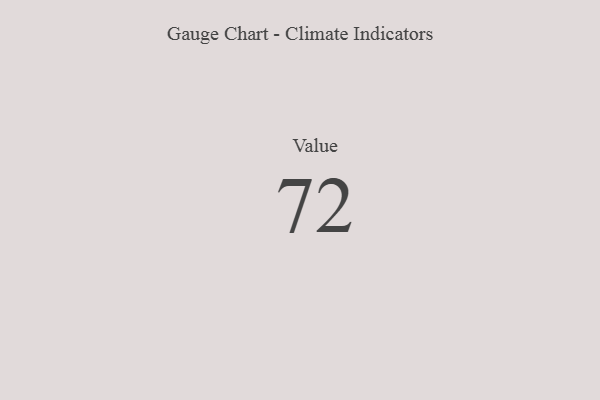
{"axis": {"x": "Metric", "y": "Value"}, "legend": [""], "data": [{"x": "Value", "y": 72, "type": ""}]}